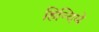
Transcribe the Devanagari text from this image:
हिन्दिमे